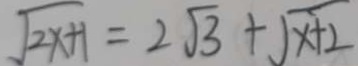
\sqrt { 2 x + 1 } = 2 \sqrt { 3 } + \sqrt { x + 2 }